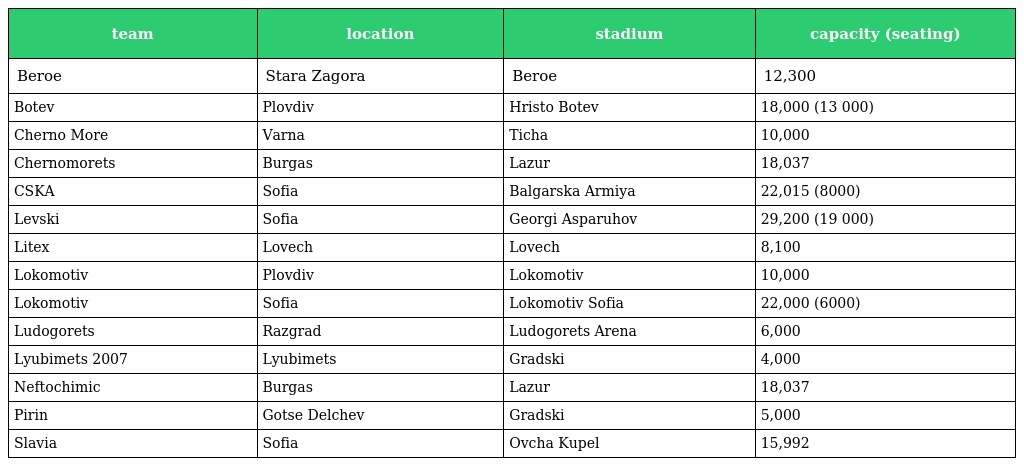
| team | location | stadium | capacity (seating) |
 | --- | --- | --- | --- |
 | Beroe | Stara Zagora | Beroe | 12,300 |
 | Botev | Plovdiv | Hristo Botev | 18,000 (13 000) |
 | Cherno More | Varna | Ticha | 10,000 |
 | Chernomorets | Burgas | Lazur | 18,037 |
 | CSKA | Sofia | Balgarska Armiya | 22,015 (8000) |
 | Levski | Sofia | Georgi Asparuhov | 29,200 (19 000) |
 | Litex | Lovech | Lovech | 8,100 |
 | Lokomotiv | Plovdiv | Lokomotiv | 10,000 |
 | Lokomotiv | Sofia | Lokomotiv Sofia | 22,000 (6000) |
 | Ludogorets | Razgrad | Ludogorets Arena | 6,000 |
 | Lyubimets 2007 | Lyubimets | Gradski | 4,000 |
 | Neftochimic | Burgas | Lazur | 18,037 |
 | Pirin | Gotse Delchev | Gradski | 5,000 |
 | Slavia | Sofia | Ovcha Kupel | 15,992 |